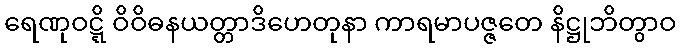
ရေဏုဝဋ္ဋိ ဝိဝိဓနယတ္တာဒိဟေတုနာ ကာရမာပဇ္ဇတေ နိဋ္ဌုဘိတွာဝ